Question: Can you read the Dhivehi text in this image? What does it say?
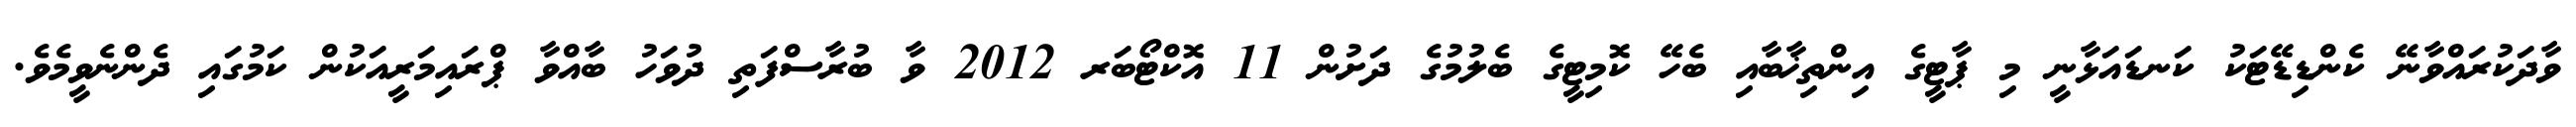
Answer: ވާދަކުރައްވާނޭ ކެންޑިޑޭޓަކު ކަނޑައަޅާނީ މި ޕާޓީގެ އިންތިޚާބާއި ބެހޭ ކޮމިޓީގެ ބެލުމުގެ ދަށުން 11 އޮކްޓޯބަރ 2012 ވާ ބުރާސްފަތި ދުވަހު ބާއްވާ ޕްރައިމަރީއަކުން ކަމުގައި ދެންނެވީމެވެ.